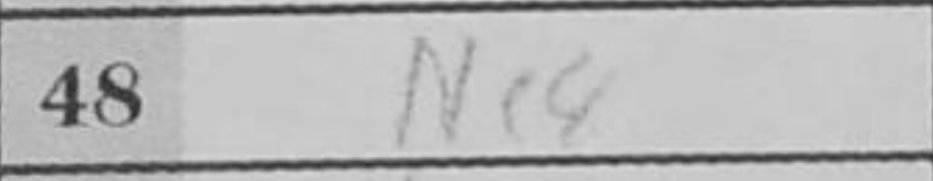
Transcription: Nc8